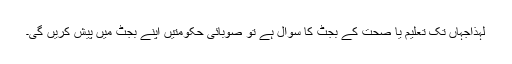
لہٰذاجہاں تک تعلیم یا صحت کے بجٹ کا سوال ہے تو صوبائی حکومتیں اپنے بجٹ میں پیش کریں گی۔